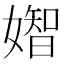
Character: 𡡧